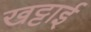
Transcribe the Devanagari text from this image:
खट्टाई